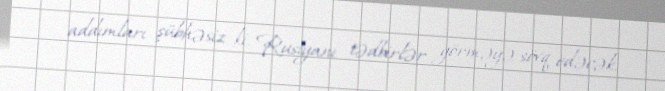
addımları şübhəsiz ki, Rusiyanı tədbirlər görməyə sövq edəcək.